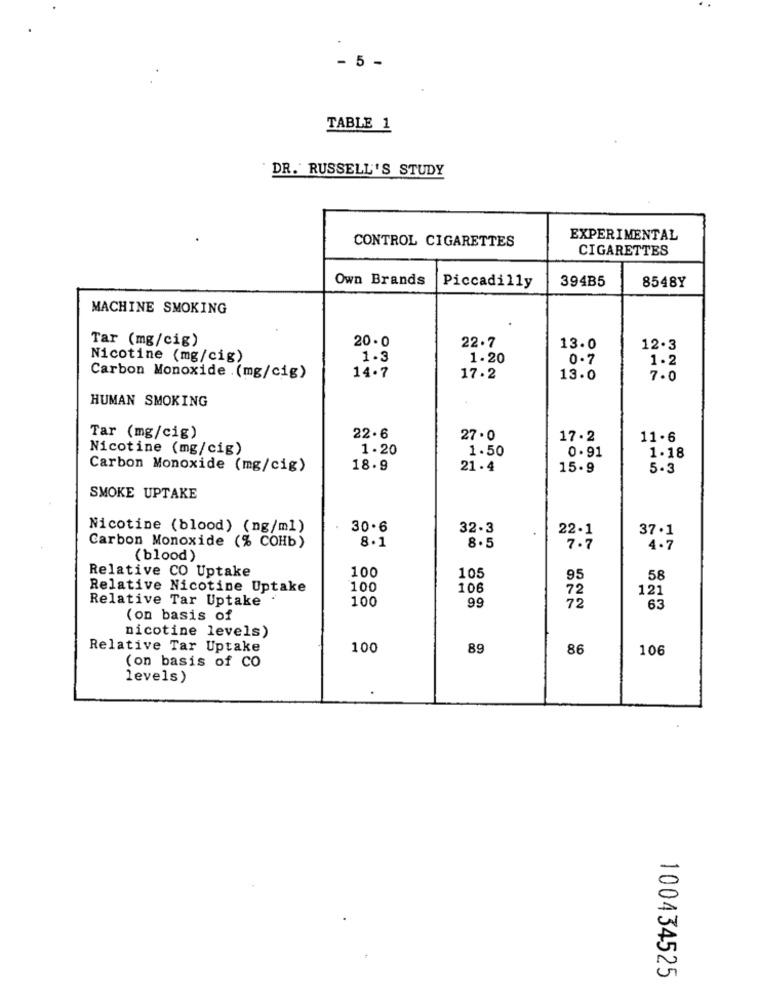
- 5 -
TABLE 1
DR. RUSSELL'S STUDY
EXPERIMENTAL
CONTROL CIGARETTES
CIGARETTES
Own Brands
394B5
8548Y
Piccadilly
MACHINE SMOKING
Tar (mg/cig)
20 . 0
22.7
13.0
12.3
Nicotine (mg/cig)
1.3
1.20
0 .7
1.2
Carbon Monoxide .(mg/cig)
14.7
17.2
13.0
7.0
HUMAN SMOKING
Tar (mg/cig)
22.6
27.0
17-2
11.6
Nicotine (mg/cig)
1.20
1.50
0 . 91
1. 18
Carbon Monoxide (mg/cig)
18.9
21 . 4
15.9
5-3
SMOKE UPTAKE
Nicotine (blood) (ng/ml)
30.6
32.3
22.1
8 .1
37.1
Carbon Monoxide (% COHb)
8.5
7.7
4.7
(blood )
Relative CO Uptake
100
105
95
58
Relative Nicotine Uptake
100
106
72
121
Relative Tar Uptake
100
99
72
63
(on basis of
nicotine levels)
Relative Tar Uptake
100
89
86
106
(on basis of CO
levels)
100434525